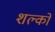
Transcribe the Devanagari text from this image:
शल्‍कों